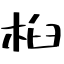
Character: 桕